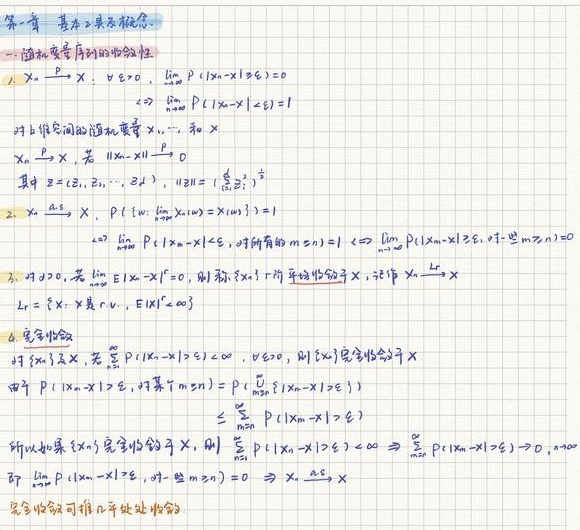
第一章 基本关系概念
一、随机变量序列的收敛性
1. \(X_n \xrightarrow{P} X\)：\(\forall \varepsilon > 0\)，\(\lim_{n\rightarrow\infty} P(|X_n - X| \geq \varepsilon)=0\)
    - 对比不同空间的随机变量 \(X_1,\cdots,X_n\)
    - \(X_n \xrightarrow{L^2} X\)，若 \(E\|X_n - X\|^2 \rightarrow 0\)
其中 \(\mathbf{Z}=(\mathbf{z}_1,\cdots,\mathbf{z}_k)\)，\(\|\mathbf{z}\| = (\sum_{i = 1}^{k}z_i^2)^{\frac{1}{2}}\)
2. \(X_n \xrightarrow{a.s.} X\)，\(P(\{\omega: \lim_{n\rightarrow\infty}X_n(\omega)=X(\omega)\}) = 1\)
    - \(\Leftrightarrow \lim_{n\rightarrow\infty} P(\sup_{m\geq n}|X_m - X| \geq \varepsilon, \text{对所有的 } m\geq n)=1 \Leftrightarrow \lim_{n\rightarrow\infty} P(\sup_{m\geq n}|X_m - X| \geq \varepsilon, \exists m\geq n)=0\)
3. 对 \(r > 0\)，若 \(\lim_{n\rightarrow\infty} E|X_n - X|^r = 0\)，则称 \(X_n\) 关于 \(r -\) 阶平均收敛于 \(X\)，记作 \(X_n \xrightarrow{L^r} X\)
\(L^r=\{X: X \text{ 是 r.v.}, E|X|^r < \infty\}\)
4. 完全收敛
对 \(X_n \rightarrow X\)，若 \(\sum_{n = 1}^{\infty}P(|X_n - X| \geq \varepsilon) < \infty\)，\(\forall \varepsilon > 0\)，则 \(\{X_n\}\) 完全收敛于 \(X\)
因为 \(P(|X_n - X| \geq \varepsilon, \text{对某个 } m\geq n)=P(\bigcup_{m = n}^{\infty}\{|X_m - X| \geq \varepsilon\})\)
\(\leq \sum_{m = n}^{\infty}P(|X_m - X| \geq \varepsilon)\)
所以如果 \(\{X_n\}\) 完全收敛于 \(X\)，则 \(\sum_{n = 1}^{\infty}P(|X_n - X| \geq \varepsilon) < \infty \Rightarrow \lim_{n\rightarrow\infty}P(|X_m - X| \geq \varepsilon)=0, \forall \varepsilon\)
即 \(\lim_{n\rightarrow\infty}P(|X_m - X| \geq \varepsilon, \text{对一些 } m\geq n)=0 \Rightarrow X_n \xrightarrow{a.s.} X\)
完全收敛可推几乎处处收敛